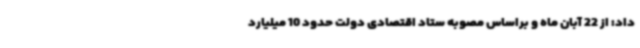
داد: از 22 آبان ماه و براساس مصوبه ستاد اقتصادی دولت حدود 10 میلیارد